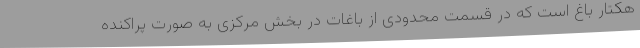
هکتار باغ است که در قسمت محدودی از باغات در بخش مرکزی به صورت پراکنده